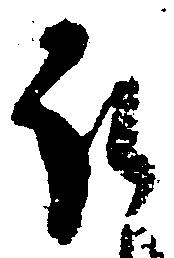
取